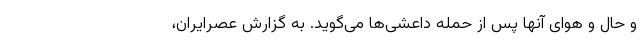
و حال و هوای آنها پس از حمله داعشی‌ها می‌گوید. به گزارش عصرایران،